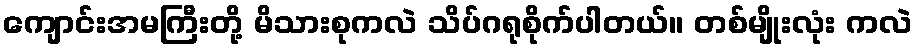
ကျောင်းအမကြီးတို့ မိသားစုကလဲ သိပ်ဂရုစိုက်ပါတယ်။ တစ်မျိုးလုံး ကလဲ